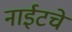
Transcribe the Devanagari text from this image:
नाईटचे